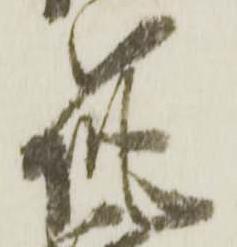
筑